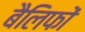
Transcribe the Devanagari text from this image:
बैलिफों